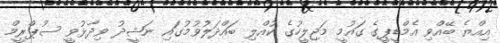
އިއްޔެ ބޭއްވި އެމްޑީޕީގެ ގައުމީ މަޖިލީހުގެ ކުއްލި ބައްދަލުވުމުގައި ނަޝީދު ވިދާޅުވީ ސުޕްރީމް